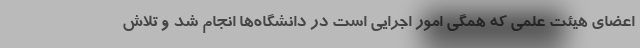
اعضای هیئت علمی که همگی امور اجرایی است در دانشگاه‌ها انجام شد و تلاش